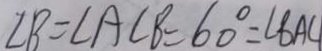
\angle B = \angle A C B = 6 0 ^ { \circ } = \angle B A C